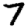
Digit: 7